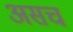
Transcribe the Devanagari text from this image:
असच